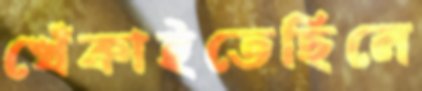
খেঁকাইতেছিলে